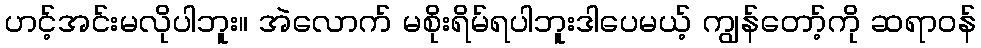
ဟင့်အင်းမလိုပါဘူး။ အဲလောက် မစိုးရိမ်ရပါဘူးဒါပေမယ့် ကျွန်တော့်ကို ဆရာဝန်